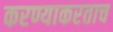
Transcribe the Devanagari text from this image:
करण्याकरताच